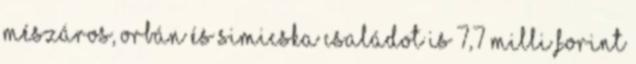
Mészáros, Orbán és Simicska családot is 7,7 milli forint